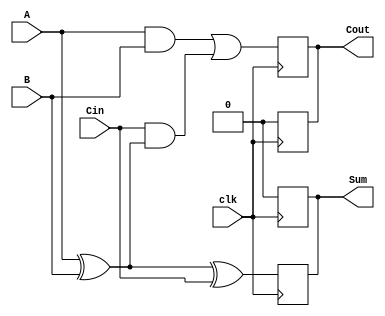
module dynamic_full_adder (
    input wire A,
    input wire B,
    input wire Cin,
    input wire clk,
    output reg Sum,
    output reg Cout
);

    // Internal signals for dynamic logic
    wire A_xor_B;
    wire A_and_B;
    wire Cin_and_A_xor_B;

    // Dynamic logic for Sum = A  B  Cin
    assign A_xor_B = A ^ B; // First stage XOR
    // Sum evaluation based on clock edge
    always @(posedge clk) begin
        // Precharge phase (when clk is low)
        Sum <= 1'b0; // Precharge
    end

    always @(negedge clk) begin
        // Evaluate phase (when clk is high)
        Sum <= A_xor_B ^ Cin; // Final Sum calculation
    end

    // Dynamic logic for Cout = (A  B) + (Cin  (A  B))
    always @(posedge clk) begin
        // Precharge phase (when clk is low)
        Cout <= 1'b0; // Precharge
    end

    always @(negedge clk) begin
        // Evaluate phase (when clk is high)
        A_and_B = A & B; // Calculate A  B
        Cin_and_A_xor_B = Cin & A_xor_B; // Calculate Cin  (A  B)
        Cout <= A_and_B | Cin_and_A_xor_B; // Final Cout calculation
    end

endmodule